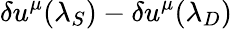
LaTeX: \delta u^{\mu}(\lambda_{S})-\delta u^{\mu}(\lambda_{D})